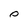
Character: 0